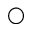
\bigcirc